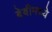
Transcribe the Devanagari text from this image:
बेबीमध्ये